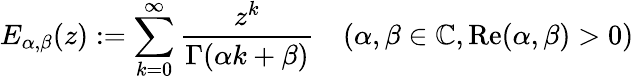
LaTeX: {E}_{\alpha,\beta}(z):=\sum_{k=0}^{\infty}\frac{z^{k}}{\Gamma(\alpha k+\beta)}\quad(\alpha,\beta\in\mathbb{C},\mathrm{Re}({\alpha,\beta})>0)